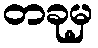
တခုမှ